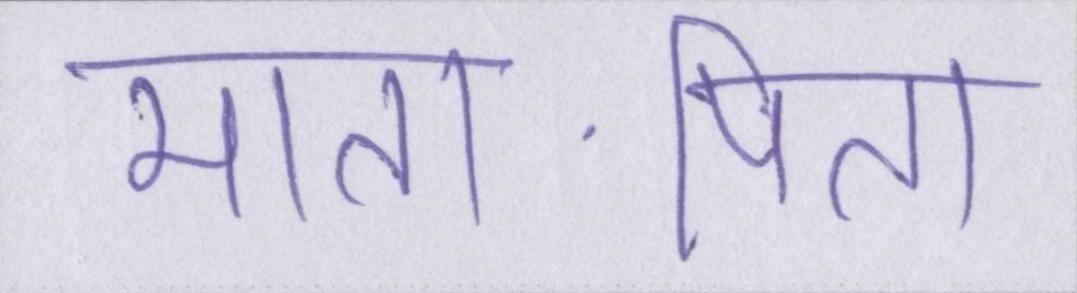
माता-पिता